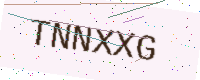
Text: TNNXXG